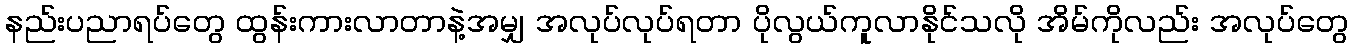
နည်းပညာရပ်တွေ ထွန်းကားလာတာနဲ့အမျှ အလုပ်လုပ်ရတာ ပိုလွယ်ကူလာနိုင်သလို အိမ်ကိုလည်း အလုပ်တွေ